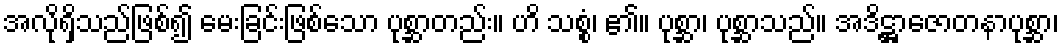
အလိုရှိသည်ဖြစ်၍ မေးခြင်းဖြစ်သော ပုစ္ဆာတည်း။ ဟိ သစ္စံ၊ ၏။ ပုစ္ဆာ၊ ပုစ္ဆာသည်။ အဒိဋ္ဌာဇောတနာပုစ္ဆာ၊